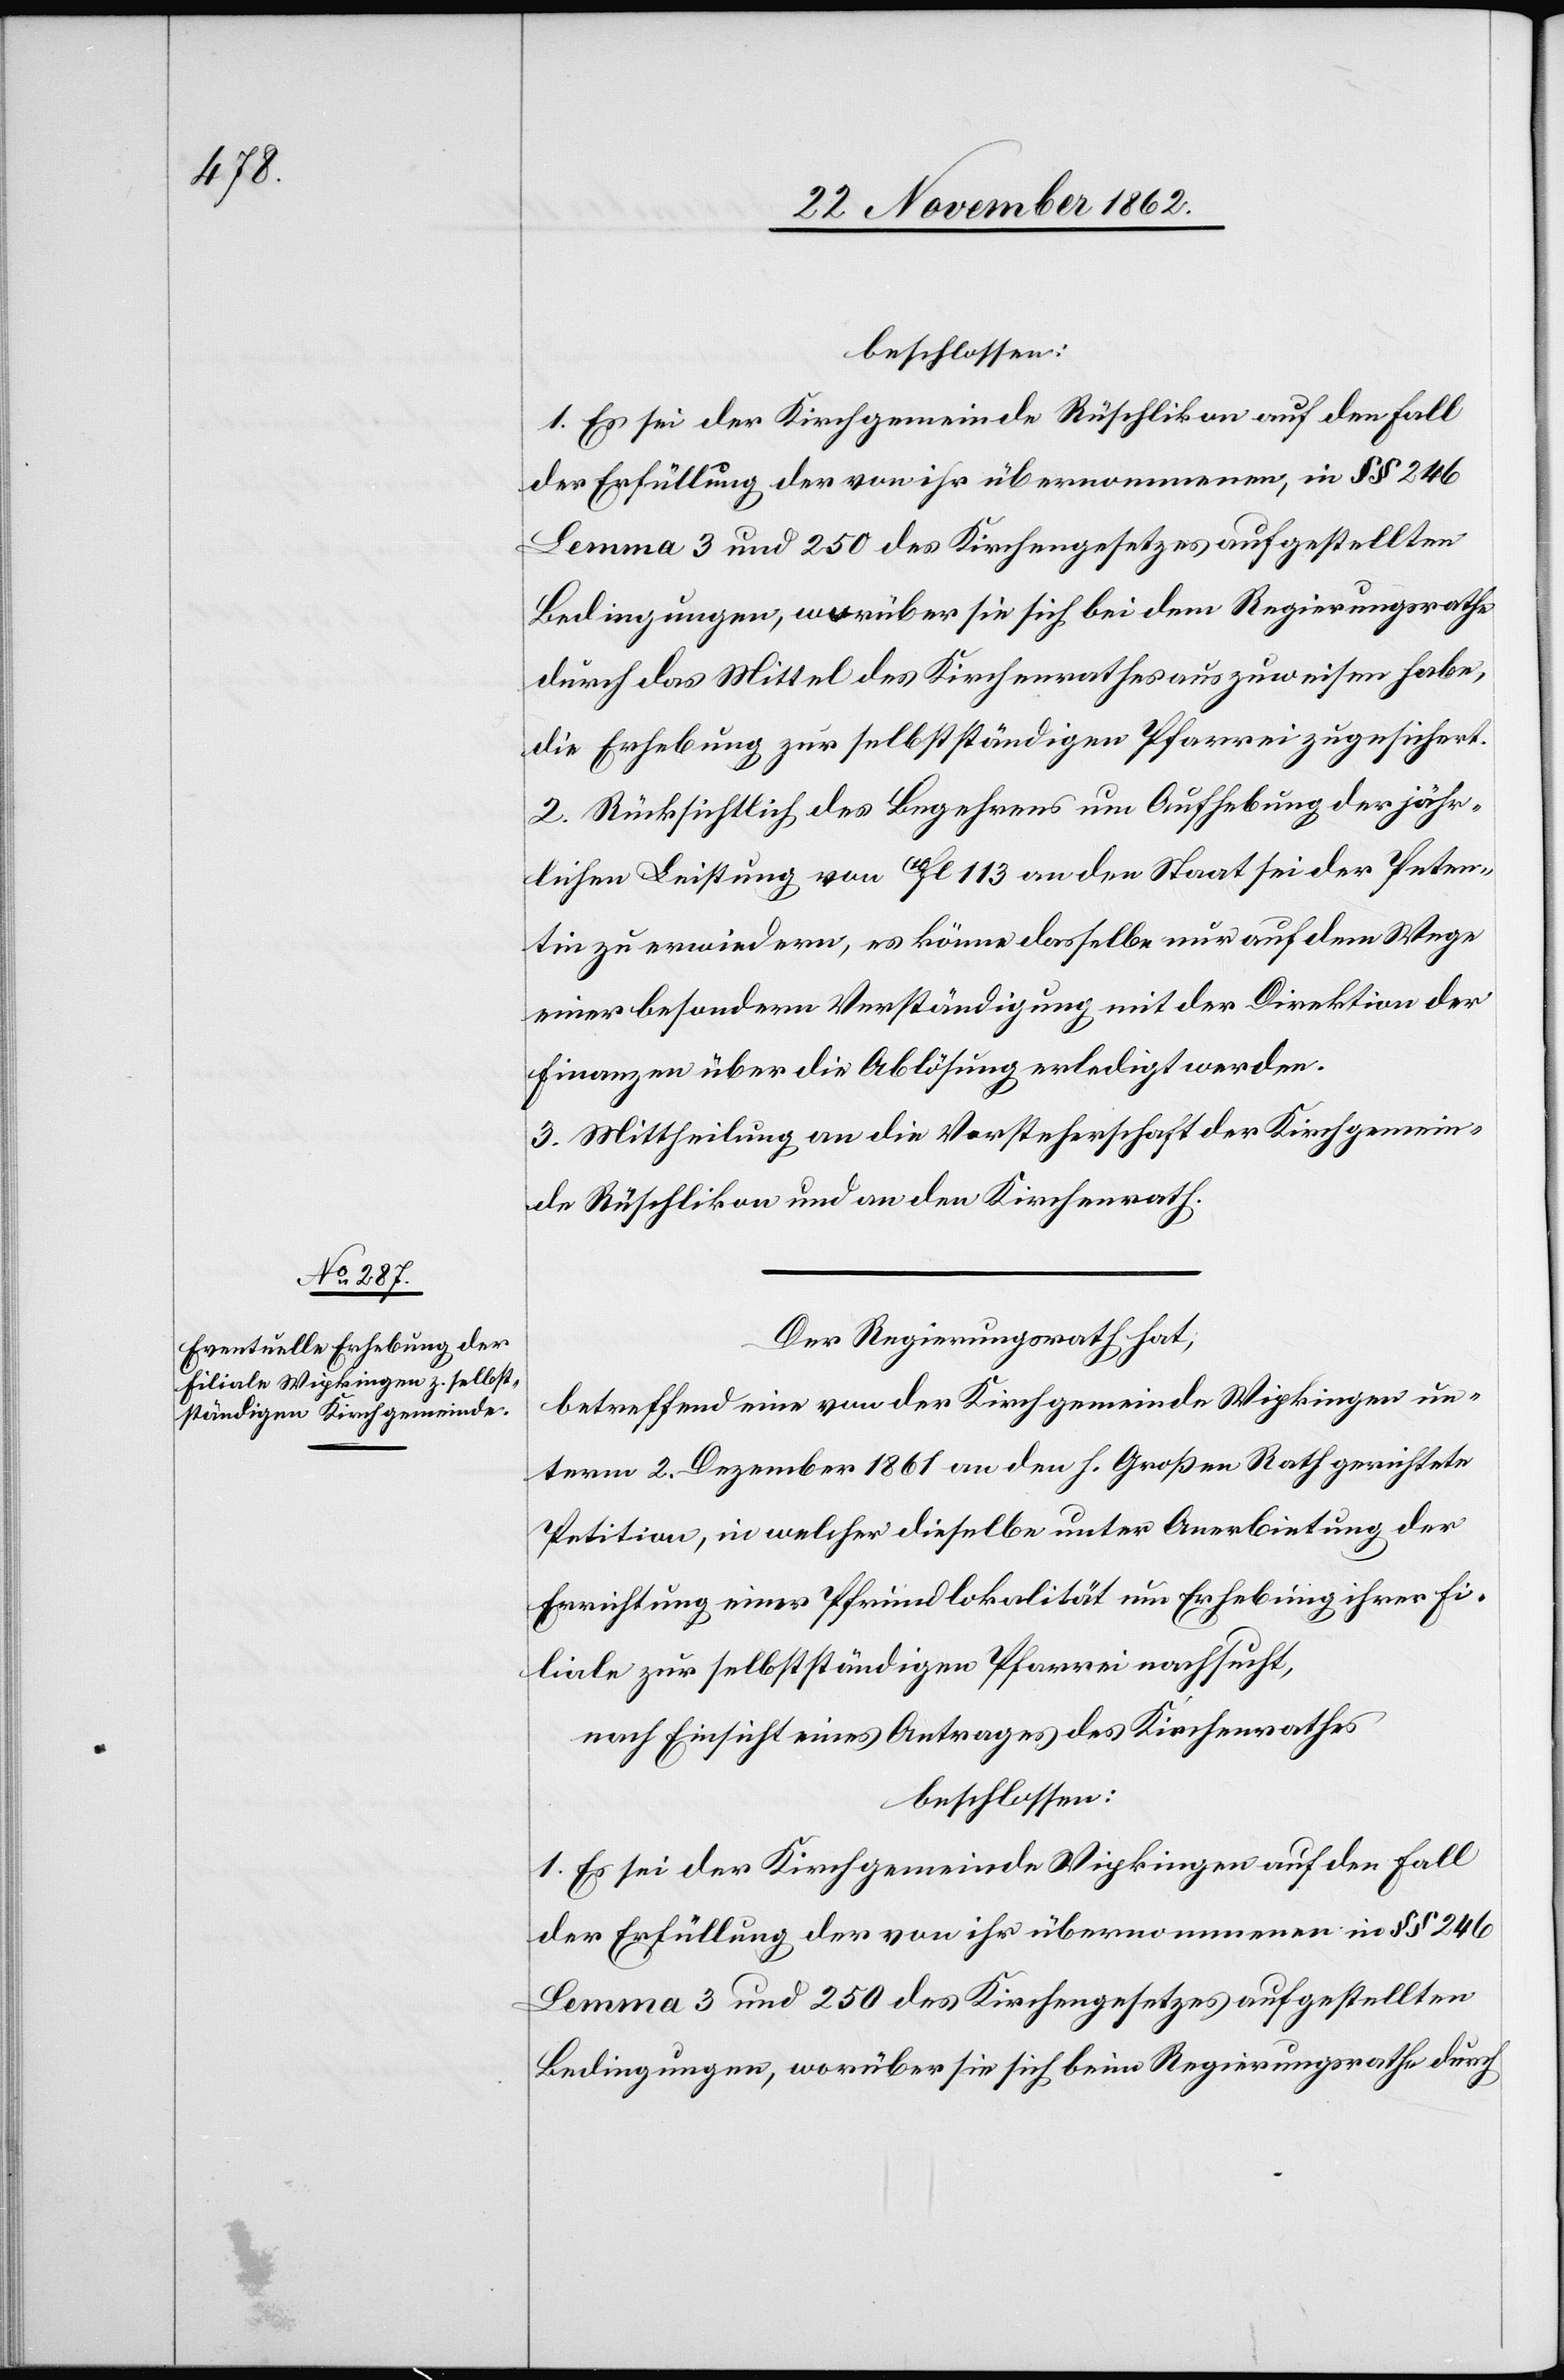
beschlossen:
1. Es sei der Kirchgemeinde Rüschlikon auf den Fall
der Erfüllung der von ihr übernommenen, in §§ 246
Lemma 3 und 250 des Kirchengesetzes aufgestellten
Bedingungen, worüber sie sich bei dem Regierungsrathe
durch das Mittel des Kirchenrathes auszuweisen habe,
die Erhebung zur selbstständigen Pfarrei zugesichert.
2. Rücksichtlich des Begehrens um Aufhebung der jähr¬
lichen Leistung von 10fl. 113 an den Staat sei der Peten¬
tin zu erwiedern, es könne dasselbe nur auf dem Wege
einer besondern Verständigung mit der Direktion der
Finanzen über die Ablösung erledigt werden.
3. Mittheilung an die Vorsteherschaft der Kirchgemein¬
de Rüschlikon und an den Kirchenrath.
Der Regierungsrath hat,
betreffend eine von der Kirchgemeinde Wipkingen un¬
term 2. Dezember 1861 an den h. Großen Rath gerichtete
Petition, in welcher dieselbe unter Anerbietung der
Errichtung einer Pfrundlokalität um Erhebung ihrer Fi¬
liale zur selbstständigen Pfarrei nachsucht,
nach Einsicht eines Antrages des Kirchenrathes
beschlossen:
1. Es sei der Kirchgemeinde Wipkingen auf den Fall
der Erfüllung der von ihr übernommenen in §§ 246
Bedingungen, worüber sie sich beim Regierungsrathe durch